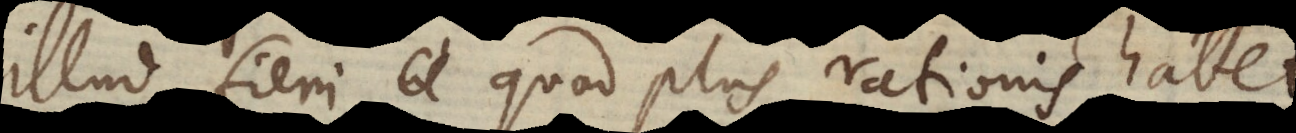
illud fieri quod plus rationis habet.